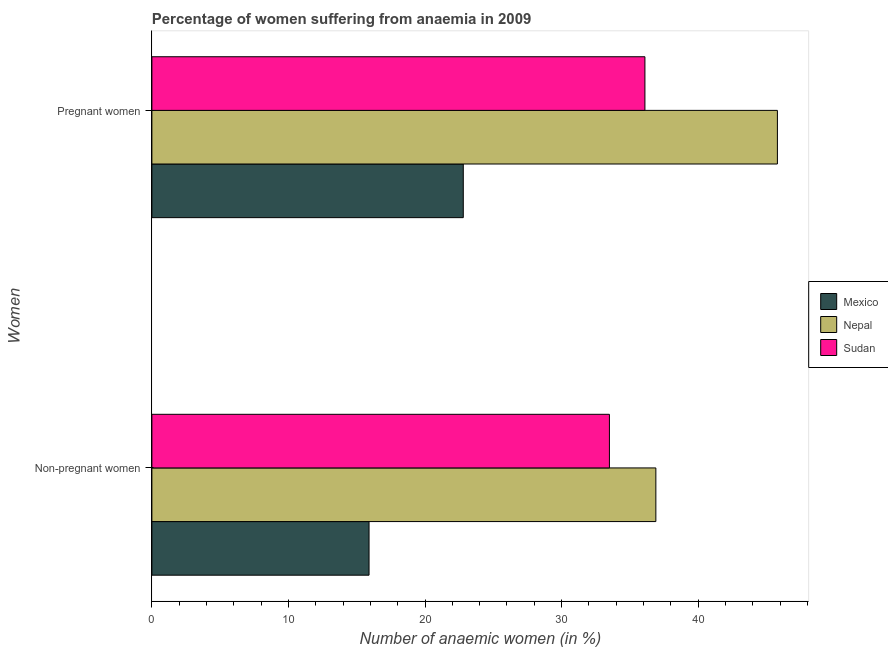
| Women | Mexico | Nepal | Sudan |
 | --- | --- | --- | --- |
 | Non-pregnant women | 15.9 | 36.9 | 33.5 |
 | Pregnant women | 22.8 | 45.8 | 36.1 |